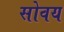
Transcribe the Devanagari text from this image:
सोवय